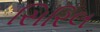
સિરિલ